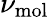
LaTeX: \nu_{\mathrm{mol}}